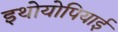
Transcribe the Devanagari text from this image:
इथोयोपियाई